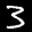
Label: 3